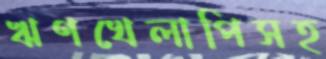
ঋণখেলাপিসহ